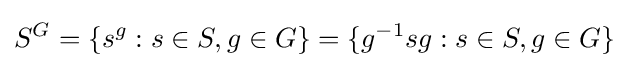
S^{G}=\{s^{g}:s\in S,g\in G\}=\{g^{-1}sg:s\in S,g\in G\}